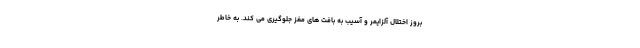
بروز اختلال آلزایمر و آسیب به بافت های مغز جلوگیری می کند. به خاطر